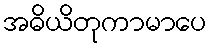
အဓိယိတုကာမာပေ